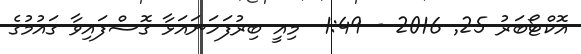
އޮކްޓޯބަރު 25